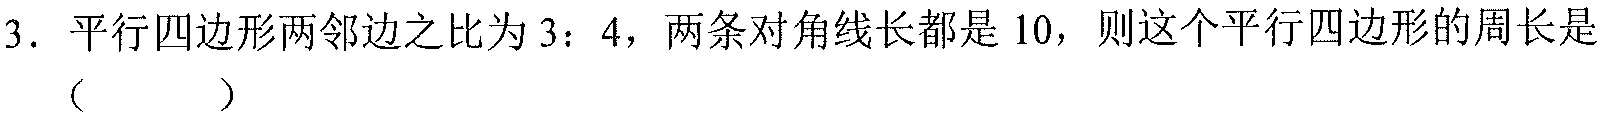
3. 平行四边形两邻边之比为\(3:4\)，两条对角线长都是\(10\)，则这个平行四边形的周长是（  ）